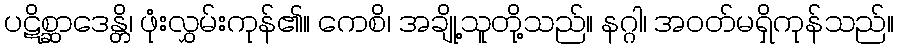
ပဋိစ္ဆာဒေန္တိ၊ ဖုံးလွှမ်းကုန်၏။ ကေစိ၊ အချို့သူတို့သည်။ နဂ္ဂါ၊ အဝတ်မရှိကုန်သည်။